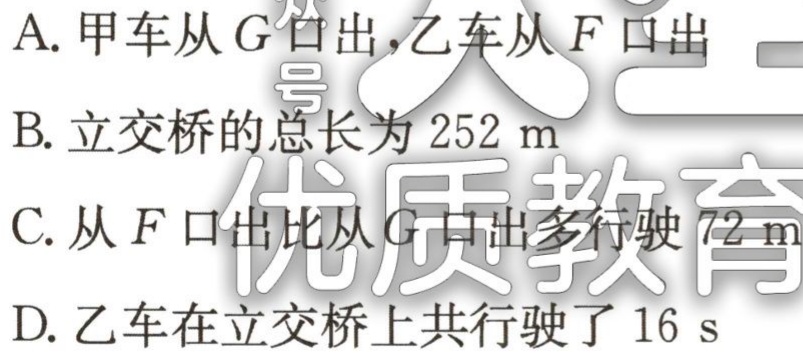
A. 甲车从\(G\)口出，乙车从\(F\)口出

B. 立交桥的总长为\(252\mathrm{ m}\)

C. 从\(F\)口出比从\(G\)口出多行驶\(72\mathrm{ m}\)

D. 乙车在立交桥上共行驶了\(16\mathrm{ s}\)